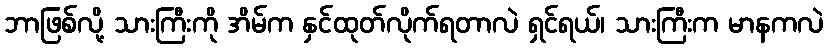
ဘာဖြစ်လို့ သားကြီးကို အိမ်က နှင်ထုတ်လိုက်ရတာလဲ ရှင်ရယ်၊ သားကြီးက မာနကလဲ